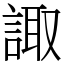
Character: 諏